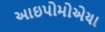
આઇપોમોએયા